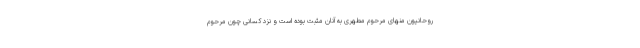
روحانیون منهای مرحوم مطهری به آنان مثبت بوده است و نزد کسانی چون مرحوم